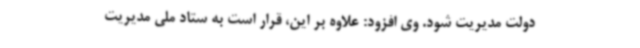
دولت مدیریت شود. وی افزود: علاوه بر این، قرار است به ستاد ملی مدیریت